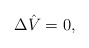
\begin{align*} \Delta\hat{V}=0,\end{align*}